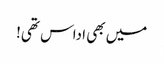
میں بھی اداس تھی!